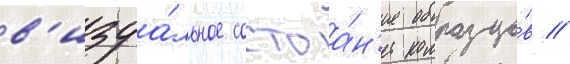
в'изуа́льное состоа́н'ие образцо́в //